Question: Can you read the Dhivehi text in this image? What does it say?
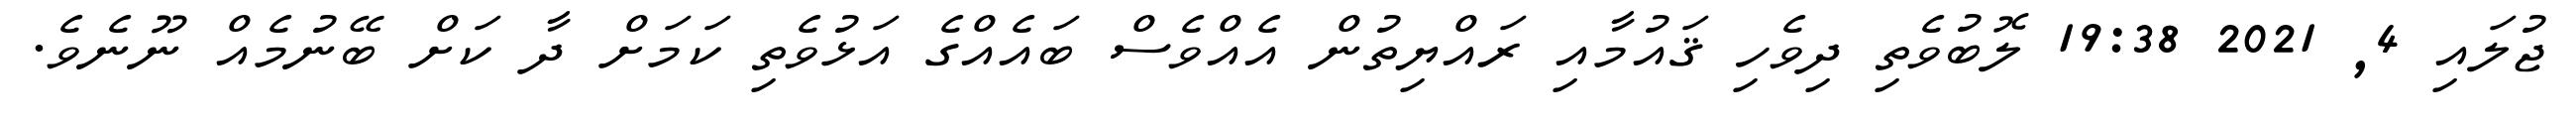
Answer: ޖުލައި 4, 2021 19:38 ލޮބުވެތި ދިވެހި ޤައުމާއި ރައްޔިތުން އެއްވެސް ބައެއްގެ އަޅުވެތި ކަމަށް ދާ ކަށް ބޭނުމެއް ނޫނެވެ.